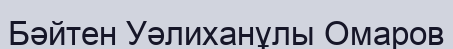
Бәйтен Уәлиханұлы Омаров